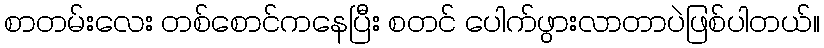
စာတမ်းလေး တစ်စောင်ကနေပြီး စတင် ပေါက်ဖွားလာတာပဲဖြစ်ပါတယ်။